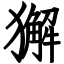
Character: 獬